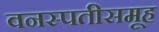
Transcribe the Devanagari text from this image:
वनस्पतीसमूह